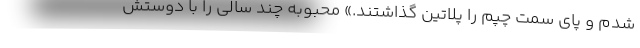
شدم و پای سمت چپم را پلاتین گذاشتند.» محبوبه چند سالی را با دوستش